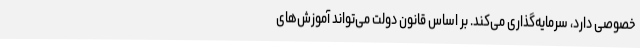
خصوصی دارد، سرمایه‌گذاری می‌کند. بر اساس قانون دولت می‌تواند آموزش‌های